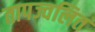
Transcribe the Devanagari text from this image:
तापज्वलित